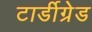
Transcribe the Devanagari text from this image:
टार्डीग्रेड